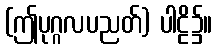
(ဤပုဂ္ဂလပညတ်) ပါဠိ၌။